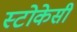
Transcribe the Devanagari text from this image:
स्टोकेसी